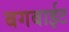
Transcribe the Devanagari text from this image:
बगबाईट